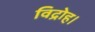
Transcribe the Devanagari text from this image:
विद्रोह।